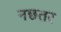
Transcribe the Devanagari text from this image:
नछतर